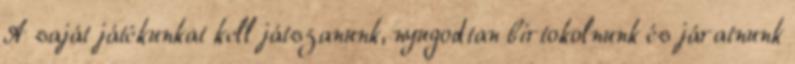
A saját játékunkat kell játszanunk, nyugodtan birtokolnunk és járatnunk